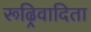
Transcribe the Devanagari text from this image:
रूढ्रिवादिता